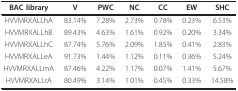
| BAC library | V | PWC | NC | CC | EW | SHC |
 | --- | --- | --- | --- | --- | --- | --- |
 | HVVMRXALLhA | 83.14% | 7.28% | 2.73% | 0.78% | 0.23% | 6.53% |
 | HVVMRXALLhB | 89.43% | 4.63% | 1.61% | 0.92% | 0.20% | 3.34% |
 | HVVMRXALLhC | 87.74% | 5.76% | 2.09% | 1.85% | 0.41% | 2.83% |
 | HVVMRXALLeA | 91.73% | 1.44% | 1.12% | 0.11% | 0.36% | 5.24% |
 | HVVMRXALLmA | 87.46% | 4.22% | 1.17% | 0.07% | 1.41% | 5.67% |
 | HVVMRXALLrA | 80.49% | 3.14% | 1.01% | 0.45% | 0.33% | 14.58% |